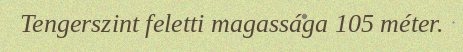
Tengerszint feletti magassága 105 méter.